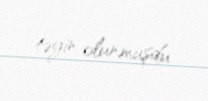
təyin olunmuşdu.